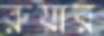
রুয়ার